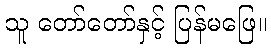
သူ တော်တော်နှင့် ပြန်မဖြေ။